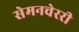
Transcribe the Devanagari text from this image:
सेमनचेररी